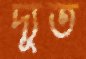
দ্যূত